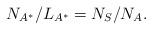
LaTeX: \begin{align*} N_{A^*}/L_{A^*} = N_S / N_A.\end{align*}